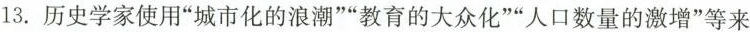
13.历史学家使用”城市化的浪潮””教育的大众化””人口数量的激增”等来